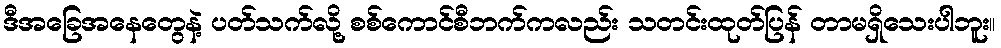
ဒီအခြေအနေတွေနဲ့ ပတ်သက်လို့ စစ်ကောင်စီဘက်ကလည်း သတင်းထုတ်ပြန် တာမရှိသေးပါဘူး။